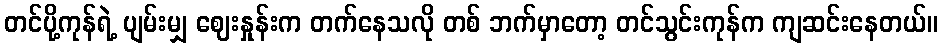
တင်ပို့ကုန်ရဲ့ ပျမ်းမျှ ဈေးနှုန်းက တက်နေသလို တစ် ဘက်မှာတော့ တင်သွင်းကုန်က ကျဆင်းနေတယ်။